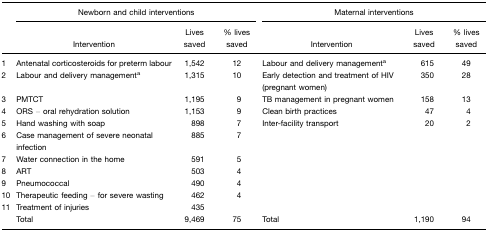
<table><thead><tr><td></td><td colspan="3"><b>Newborn and child interventions</b></td><td colspan="3"><b>Maternal interventions</b></td></tr><tr><td></td><td><b>Intervention</b></td><td><b>Lives saved</b></td><td><b>% lives saved</b></td><td><b>Intervention</b></td><td><b>Lives saved</b></td><td><b>% lives saved</b></td></tr></thead><tbody><tr><td>1</td><td>Antenatal corticosteroids for preterm labour</td><td>1,542</td><td>12</td><td>Labour and delivery managementa</td><td>615</td><td>49</td></tr><tr><td>2</td><td>Labour and delivery managementa</td><td>1,315</td><td>10</td><td>Early detection and treatment of HIV (pregnant women)</td><td>350</td><td>28</td></tr><tr><td>3</td><td>PMTCT</td><td>1,195</td><td>9</td><td>TB management in pregnant women</td><td>158</td><td>13</td></tr><tr><td>4</td><td>ORS – oral rehydration solution</td><td>1,153</td><td>9</td><td>Clean birth practices</td><td>47</td><td>4</td></tr><tr><td>5</td><td>Hand washing with soap</td><td>898</td><td>7</td><td>Inter-facility transport</td><td>20</td><td>2</td></tr><tr><td>6</td><td>Case management of severe neonatal infection</td><td>885</td><td>7</td><td></td><td></td><td></td></tr><tr><td>7</td><td>Water connection in the home</td><td>591</td><td>5</td><td></td><td></td><td></td></tr><tr><td>8</td><td>ART</td><td>503</td><td>4</td><td></td><td></td><td></td></tr><tr><td>9</td><td>Pneumococcal</td><td>490</td><td>4</td><td></td><td></td><td></td></tr><tr><td>10</td><td>Therapeutic feeding – for severe wasting</td><td>462</td><td>4</td><td></td><td></td><td></td></tr><tr><td>11</td><td>Treatment of injuries</td><td>435</td><td></td><td></td><td></td><td></td></tr><tr><td></td><td>Total</td><td>9,469</td><td>75</td><td>Total</td><td>1,190</td><td>94</td></tr></tbody></table>